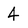
Character: 4